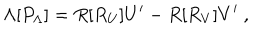
LaTeX: \Lambda [ P _ { \Lambda } ] = R [ R _ { U } ] U ^ { \prime } - R [ R _ { V } ] V ^ { \prime } \ ,